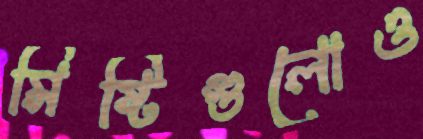
মিষ্টিগুলোও